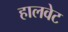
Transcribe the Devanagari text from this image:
हालवेट